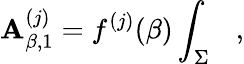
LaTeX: \mathbf{A}_{\beta,1}^{(j)}=f^{(j)}(\beta)\int_{\Sigma}~~~,